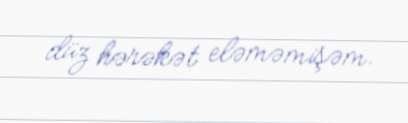
düz hərəkət eləməmişəm.